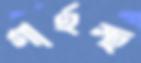
গার্হস্থ